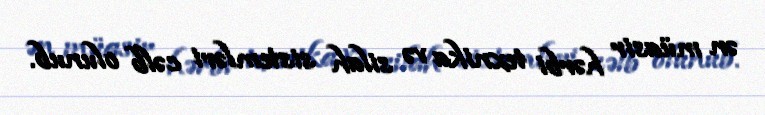
ən müasir hərbi texnika və silah sistemləri cəlb olunub.